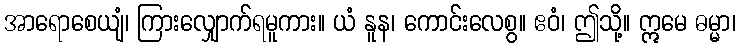
အာရောစေယျံ၊ ကြားလျှောက်ရမူကား။ ယံ နူန၊ ကောင်းလေစွ။ ဧဝံ၊ ဤသို့။ ဣမေ ဓမ္မာ၊